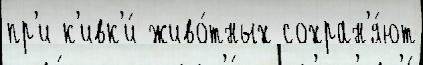
пр'и к'ивк'и́ живо́тных сохран'я́ют